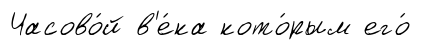
Часово́й в'е́ка кото́рым его́